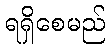
ရရှိစေမည်